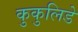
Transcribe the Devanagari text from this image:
कुकुलिडे